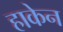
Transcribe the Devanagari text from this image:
हाकेन